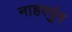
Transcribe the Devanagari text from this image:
नाहरपुंग